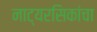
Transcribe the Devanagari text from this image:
नाट्यरसिकांचा